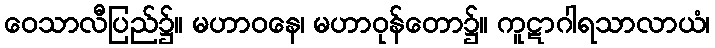
ဝေသာလီပြည်၌။ မဟာဝနေ၊ မဟာဝုန်တော၌။ ကူဋာဂါရသာလာယံ၊